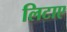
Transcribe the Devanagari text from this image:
लिटाए